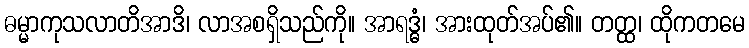
ဓမ္မာကုသလာတိအာဒိ၊ လာအစရှိသည်ကို။ အာရဒ္ဓံ၊ အားထုတ်အပ်၏။ တတ္ထ၊ ထိုကတမေ